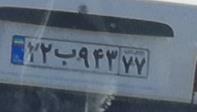
۲۲ب۹۴۳۷۷